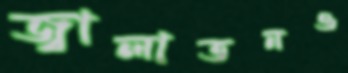
জ্বালাতনও